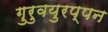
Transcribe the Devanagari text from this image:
गुरुवयुरप्पन